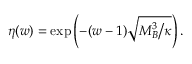
\eta ( w ) = \exp \left( - ( w - 1 ) \sqrt { M _ { B } ^ { 3 } \big / \kappa } \right) .